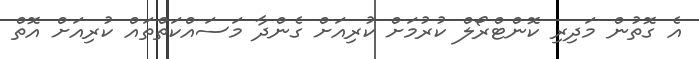
އެ ގޮތުން މަދިރި ކޮންޓްރޯލް ކުރުމަށް ކުރިއަށް ގެންދާ މަސައްކަތްތައް ކުރިއަށް އޮތް